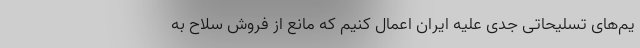
یم‌های تسلیحاتی جدی علیه ایران اعمال کنیم که مانع از فروش سلاح به